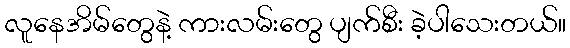
လူနေအိမ်တွေနဲ့ ကားလမ်းတွေ ပျက်စီး ခဲ့ပါသေးတယ်။